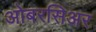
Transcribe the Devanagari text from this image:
ओबरसिअर